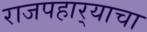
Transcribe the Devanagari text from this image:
राजपहार्‍याचा